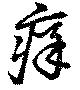
痒